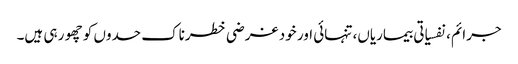
جرائم، نفسیاتی بیماریاں، تنہائی اور خود غرضی خطرناک حدوں کو چھو ر ہی ہیں۔